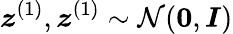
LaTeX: \boldsymbol{z}^{(1)},\boldsymbol{z}^{(1)}\sim\mathcal{N}(\boldsymbol{0},\boldsymbol{I})